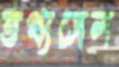
তথ্যসেল